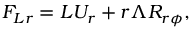
F _ { L r } = L U _ { r } + r \Lambda { \cal { R } } _ { r \phi } ,